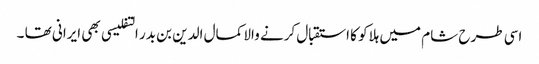
اسی طرح شام میں ہلاکو کا استقبال کرنے والا کمال الدین بن بدر التفلیسی بھی ایرانی تھا ۔